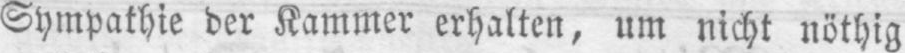
Sympathie der Kammer erhalten, um nicht nöthig